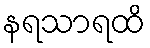
နရသာရထိ